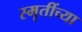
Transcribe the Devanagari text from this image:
स्मृतींच्या